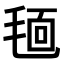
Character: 𣮗